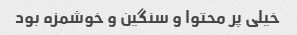
خیلی پر محتوا و سنگین و خوشمزه بود